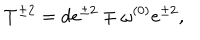
T ^ { \pm 2 } = d e ^ { \pm 2 } \mp \omega ^ { ( 0 ) } e ^ { \pm 2 } ,